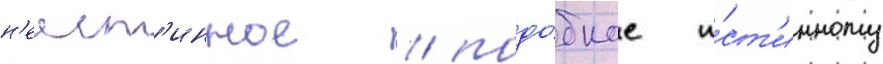
н'еист'инное / подо́бное и́ст'инному